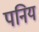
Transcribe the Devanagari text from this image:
पनिय